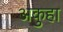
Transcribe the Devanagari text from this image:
अकुहा